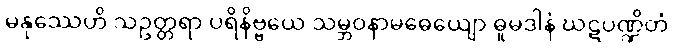
မနုဿေဟိ သဥတ္တရာ ပရိနိဗ္ဗယေ သမ္ဘဝနာမဓေယျော ဓူမဒါနံ ဃဋပဏ္ဍိတံ